Vaccination in the Punjab 1919-1929 - 1919-1929
Year: 1919
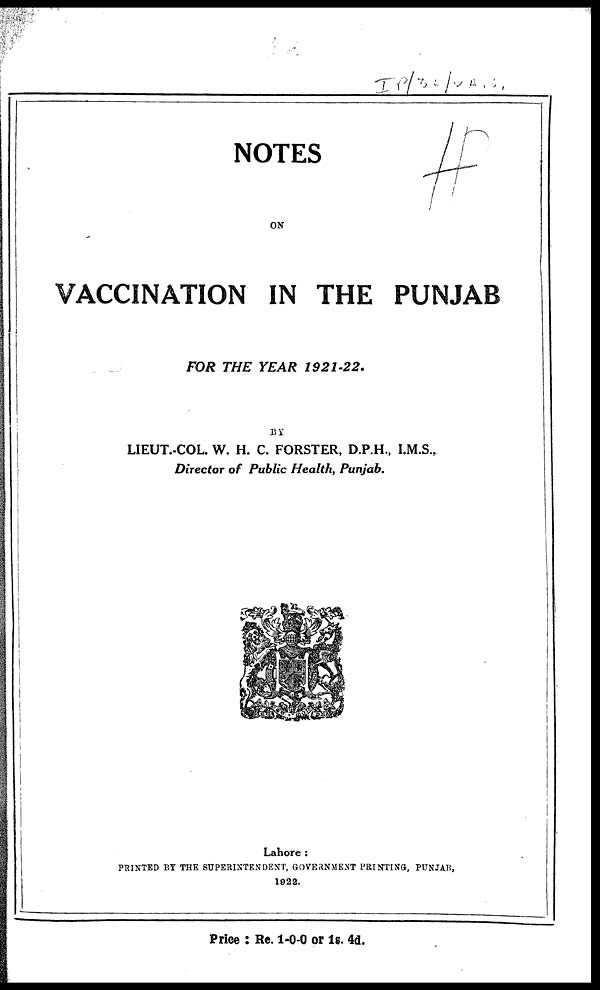
NOTES
ON
VACCINATION IN THE PUNJAB
FOR THE YEAR
1921-22.
BY
LIEUT.-COL. W. H. C. FORSTER, D.P.H., I.M.S.,
Director of Public Health, Punjab.
Lahore :
PRINTED BY THE SUPERINTENDENT, GOVERNMENT PRINTING, PUNJAB,
1922.
Price : Re. 1-0-0 or 1s. 4d.